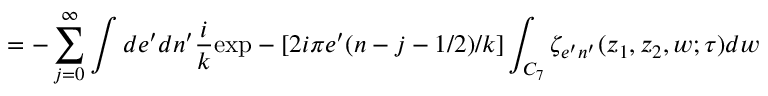
= - \sum _ { j = 0 } ^ { \infty } \int d e ^ { \prime } d n ^ { \prime } \frac { i } { k } \mathrm { e x p } - [ 2 i \pi e ^ { \prime } ( n - j - 1 / 2 ) / k ] \int _ { C _ { 7 } } \zeta _ { e ^ { \prime } n ^ { \prime } } ( z _ { 1 } , z _ { 2 } , w ; \tau ) d w